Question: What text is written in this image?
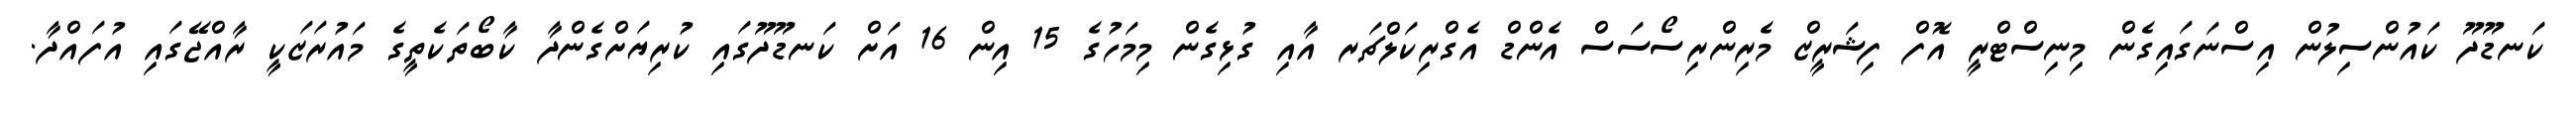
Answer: ކަނޑޫދޫ ކައުންސިލުން އިސްނަގައިގެން މިނިސްޓްރީ އޮފް ފިޝަރީޒް މެރިންރިސޯސަސް އެންޑް އެގްރިކަލްޗަރ އާއި ގުޅިގެން މިމަހުގެ 15 އިން 16 އަށް ކަނޑޫދޫގައި ކުރިޔަށްގެންދާ ކާބޯތަކެތީގެ މައުރަޒަކީ ރާއްޖޭގައި އުފައްދާ.